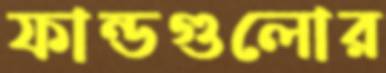
ফান্ডগুলোর